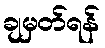
ချမှတ်ရန်